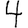
Digit: 4